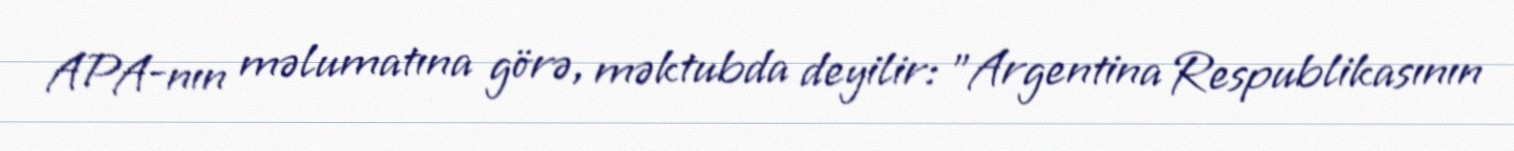
APA-nın məlumatına görə, məktubda deyilir: "Argentina Respublikasının